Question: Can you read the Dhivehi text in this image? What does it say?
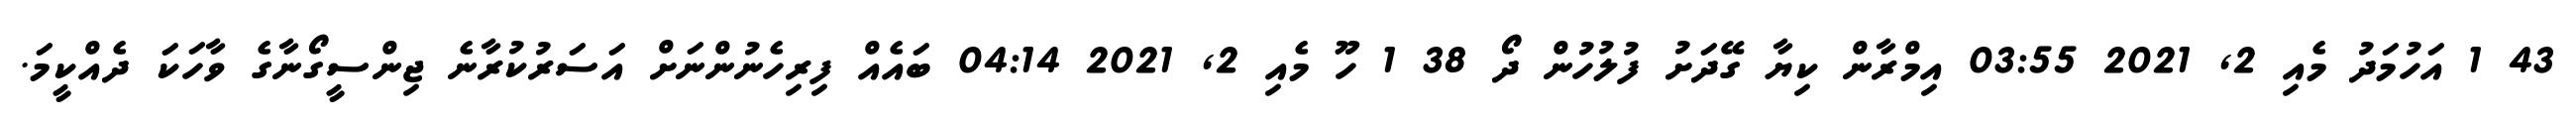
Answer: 43 1 އަހުމަދު މެއި 2, 2021 03:55 އިމްރާން ކިޔާ ގޭދަށު ފުލުހުން ދޯ 38 1 ހޫ މެއި 2, 2021 04:14 ބައެއް ފިރިހެނުންނަށް އަސަރުކުރާނެ ޖިންސީގޯނާގެ ވާހަކަ ދެއްކީމަ.